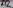
Text: D10